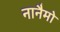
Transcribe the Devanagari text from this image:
नानैमो